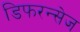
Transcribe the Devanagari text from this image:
डिफरन्सेज